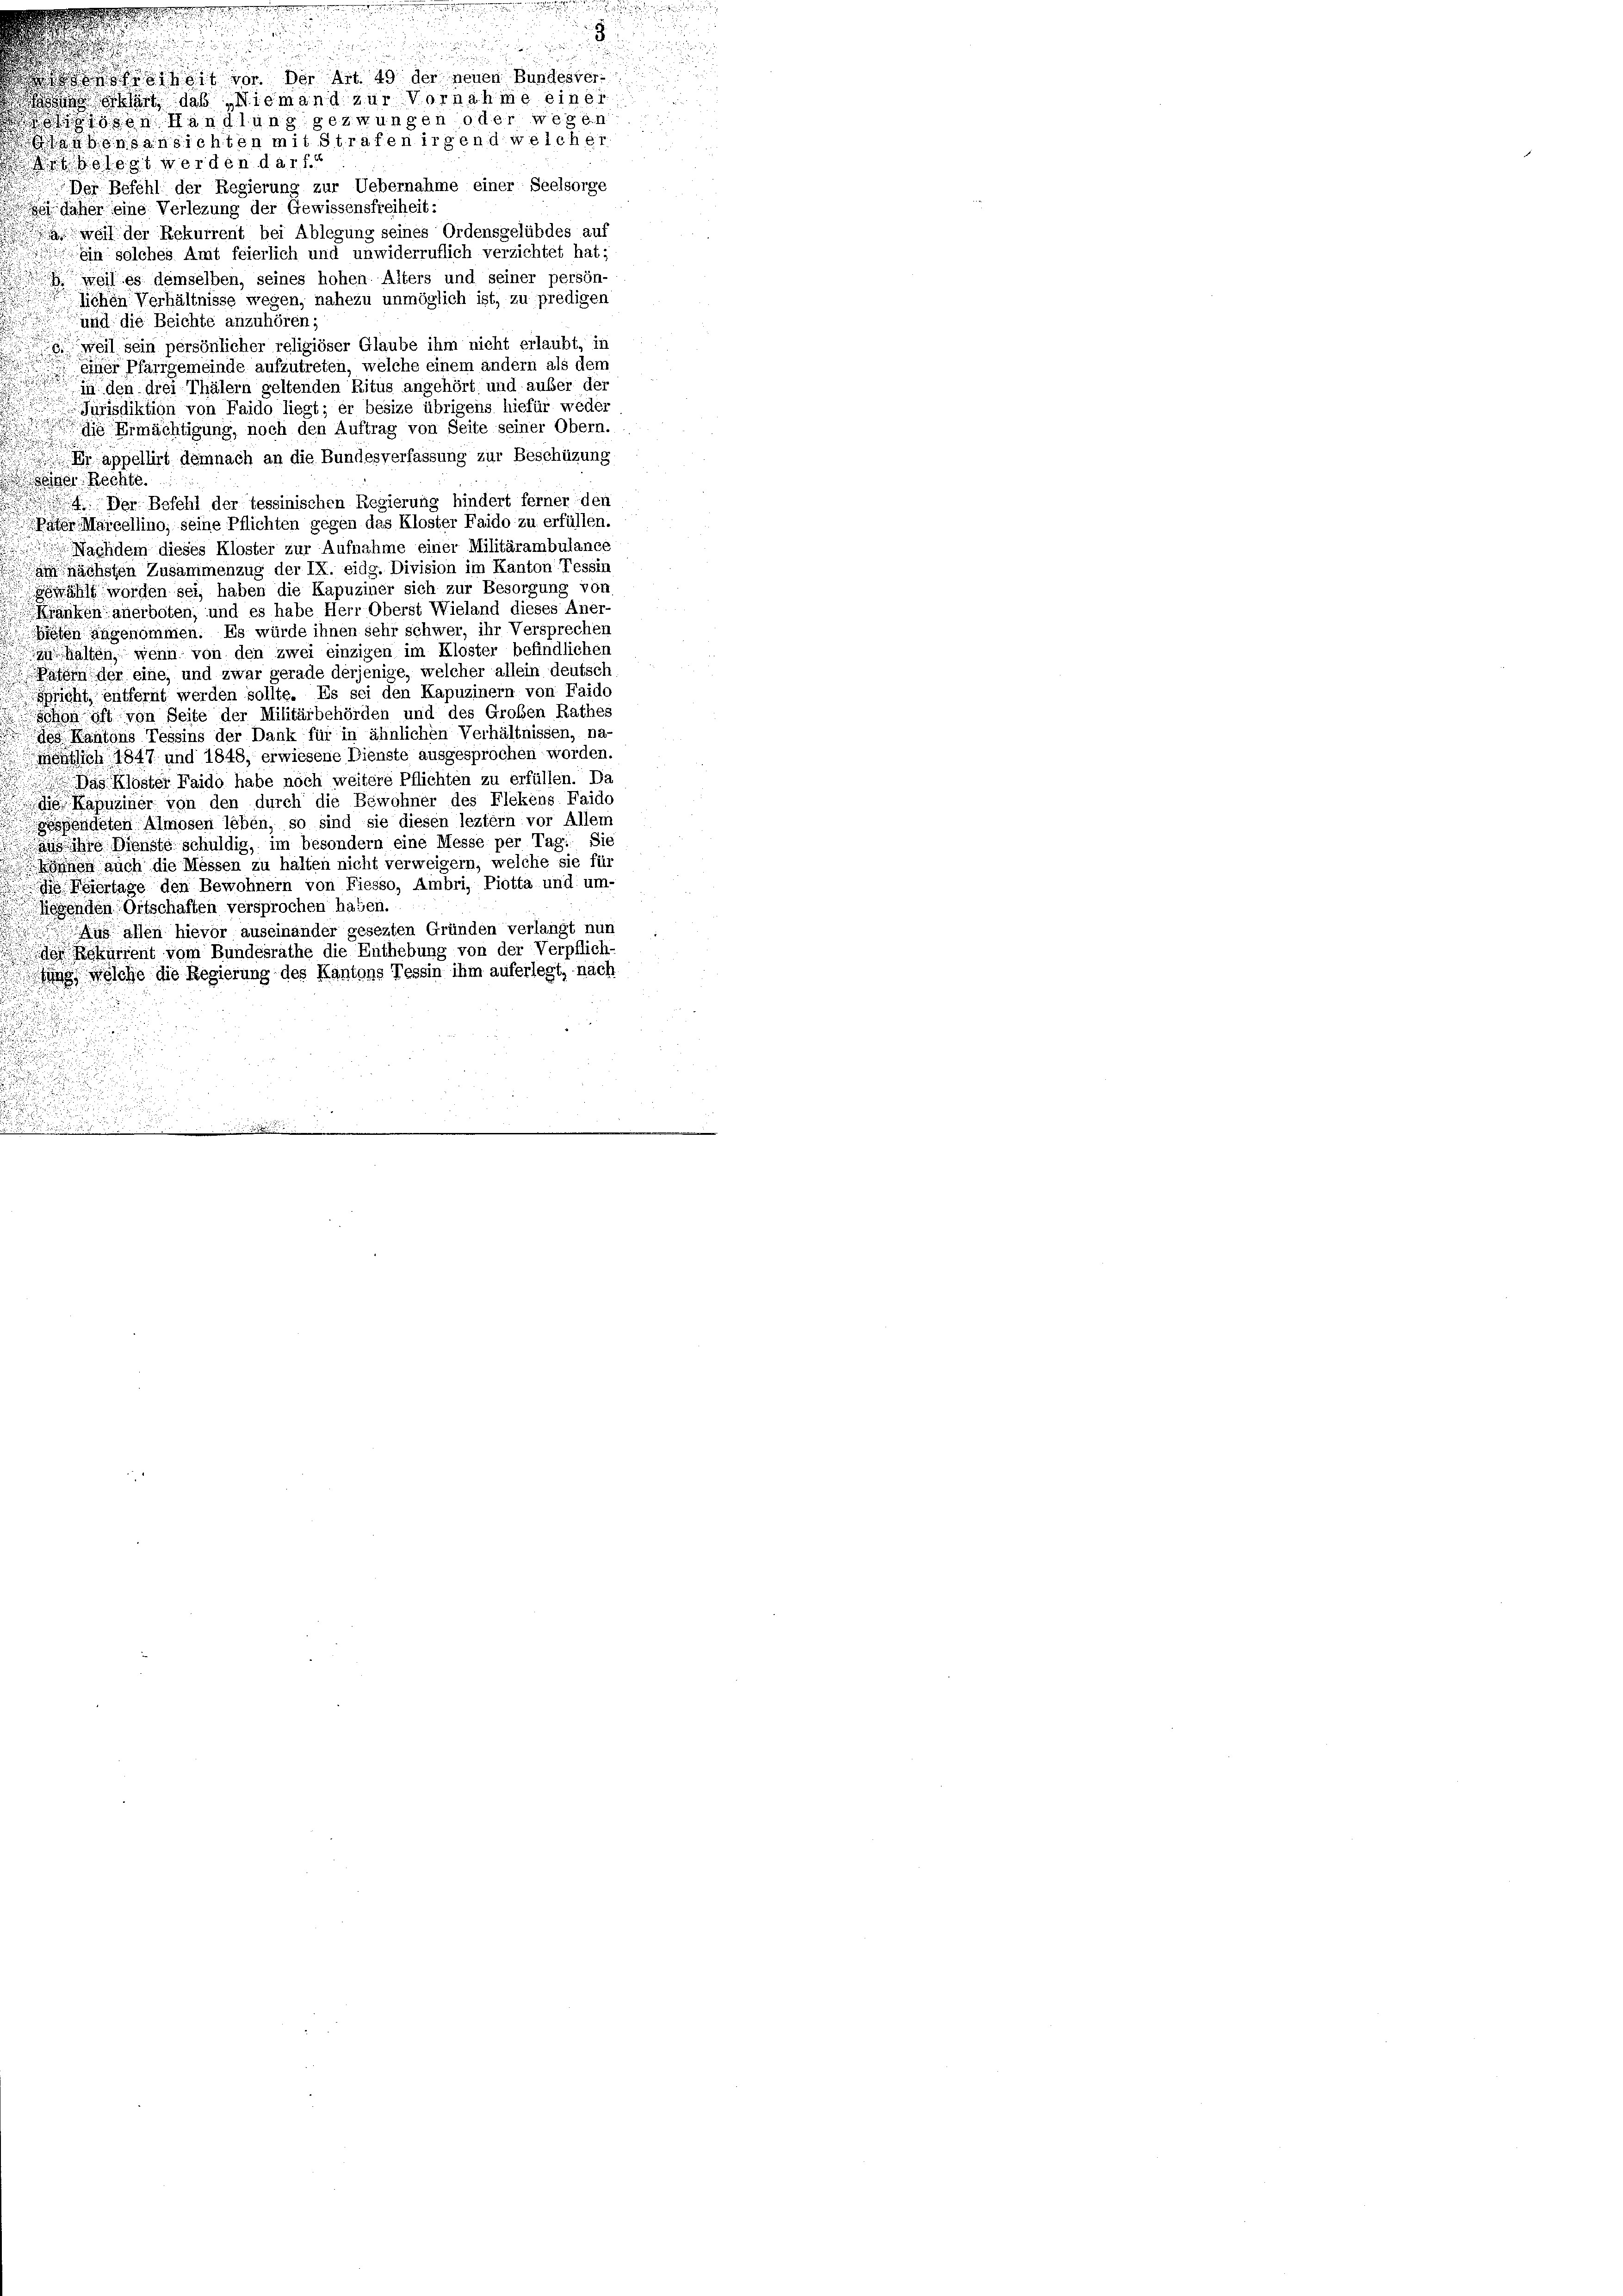
freiheit vor. Der Art. 49 der neuen Bundesver¬
 hart das Niemand zur Vornahme einer
iösen Handlung gezwungen oder wegen
aubensansichten mit Strafen irgend welcher
belegt werden darf.
Der Befehl der Regierung zur Uebernahme einer Seelsorge
Jaher eine Verlegung der Gewissensfreiheit:
a weil der Rekurrent bei Ablegung seines Ordensgelübdes auf
ein solches Amt feierlich und unwiderruflich verzichtet hat;
 weil es demselben, seines hohen Alters und seiner persön-
lichen Verhältnisse wegen, nahezu unmöglich ist, zu predigen
und die Beichte anzuhören;
weil sein persönlicher religiöser Glaube ihm nicht erlaubt, in
einer Pfarrgemeinde aufzutreten, welche einem andern als dem
 in den drei Thälern geltenden Ritus angehört und auber der

Jurisdiktion von Faido liegt; er besize übrigens hiefür weder
die Ermächtigung, noch den Auftrag von Seite seiner Obern.
 appellirt demnach an die Bundesverfassung zur Beschüzung
 einer Rechte.
 Der Befehl der tessinischen Regierung hindert ferner den
Pater Marzellino, seine Pflichten gegen das Kloster Faido zu erfüllen.
 Nachdem dieses Kloster zur Aufnahme einer Militärambulance
nächsten Zusammenzug der IX. eidg. Division im Kanton Tessin
Bewählt worden sei, haben die Kapuziner sich zur Besorgung von
Kränken anerboten, und es habe Herr Oberst Wieland dieses Aner-
ieten angenommen. Es würde ihnen sehr schwer, ihr Versprechen
halten, wenn von den zwei einzigen im Kloster befindlichen
am der eine, und zwar gerade derjenige, welcher allein deutsch
sicht entfernt werden sollte. Es sei den Kapuzinern von Faido
schon oft von Seite der Militärbehörden und des Großen Rathes
des Kantons Tessins der Dank für in ähnlichen Verhältnissen, na-
östlich 1847 und 1848, erwiesene Dienste ausgesprochen worden.
Das Klöster Faido habe noch weitere Pflichten zu erfüllen. Da
die Kapuziner von den durch die Bewohner des Flekens. Faido
gessendeten Almosen leben, so sind sie diesen leztem vor Allem
aus ihre Dienste schuldig, im besondern eine Messe per Tag. Sie
Können auch die Messen zu halten nicht verweigern, welche sie für
die Feiertage den Bewohnern von Fiesso, Ambri, Piotta und: um-
Gegenden Ortschaften versprochen haben.
 allen hievor auseinander gesezten Gründen verlangt nun
den Rekurrent vom Bundesrathe die Enthebung von der Verpflich-
hung, welche die Regierung des Kantons Tessin ihm auferlegt, nach
¬
s
n

d
d
u
.

.

  die
s